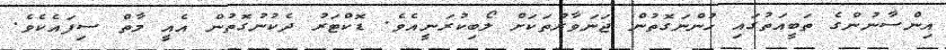
އިންސާނުންގެ ތަބީއަތުގައި ހުންނަގޮތުން ޖަނަވާރުތަކަށް ލޯބިކުރަނީއެވެ. ޑޮކްޓަރު ދެކުނުގޮތުން އެއީ މާތް ސިފައެކެވެ.